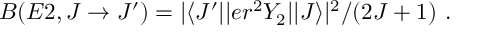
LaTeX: B ( E 2 , J \rightarrow J ^ { \prime } ) = | \langle J ^ { \prime } | | e r ^ { 2 } Y _ { 2 } | | J \rangle | ^ { 2 } / ( 2 J + 1 ) ~ .